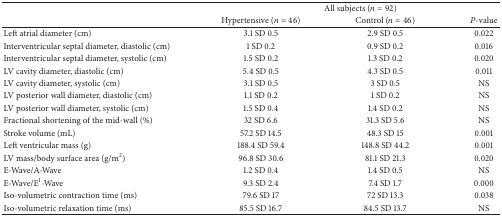
<table><thead><tr><td><b> </b></td><td colspan="3"><b>All subjects (<i>n</i> = 92)</b></td></tr><tr><td><b> </b></td><td><b>Hypertensive (<i>n</i> = 46)</b></td><td><b>Control (<i>n</i> = 46)</b></td><td><b><i>P</i>-value</b></td></tr></thead><tbody><tr><td>Left atrial diameter (cm)</td><td>3.1 SD 0.5</td><td>2.9 SD 0.5</td><td>0.022</td></tr><tr><td>Interventricular septal diameter, diastolic (cm)</td><td>1 SD 0.2</td><td>0.9 SD 0.2</td><td>0.016</td></tr><tr><td>Interventricular septal diameter, systolic (cm)</td><td>1.5 SD 0.2</td><td>1.3 SD 0.2</td><td>0.020</td></tr><tr><td>LV cavity diameter, diastolic (cm)</td><td>5.4 SD 0.5</td><td>4.3 SD 0.5</td><td>0.011</td></tr><tr><td>LV cavity diameter, systolic (cm)</td><td>3.1 SD 0.5</td><td>3 SD 0.5</td><td>NS</td></tr><tr><td>LV posterior wall diameter, diastolic (cm)</td><td>1.1 SD 0.2</td><td>1 SD 0.2</td><td>NS</td></tr><tr><td>LV posterior wall diameter, systolic (cm)</td><td>1.5 SD 0.4</td><td>1.4 SD 0.2</td><td>NS</td></tr><tr><td>Fractional shortening of the mid-wall (%)</td><td>32 SD 6.6</td><td>31.3 SD 5.6</td><td>NS</td></tr><tr><td>Stroke volume (mL)</td><td>57.2 SD 14.5</td><td>48.3 SD 15</td><td>0.001</td></tr><tr><td>Left ventricular mass (g)</td><td>188.4 SD 59.4</td><td>148.8 SD 44.2</td><td>0.001</td></tr><tr><td>LV mass/body surface area (g/m<sup>2</sup>)</td><td>96.8 SD 30.6</td><td>81.1 SD 21.3</td><td>0.020</td></tr><tr><td>E-Wave/A-Wave</td><td>1.2 SD 0.4</td><td>1.4 SD 0.5</td><td>NS</td></tr><tr><td>E-Wave/E<sup>I</sup>-Wave</td><td>9.3 SD 2.4</td><td>7.4 SD 1.7</td><td>0.000</td></tr><tr><td>Iso-volumetric contraction time (ms)</td><td>79.6 SD 17</td><td>72 SD 13.3</td><td>0.038</td></tr><tr><td>Iso-volumetric relaxation time (ms)</td><td>85.5 SD 16.7</td><td>84.5 SD 13.7</td><td>NS</td></tr></tbody></table>